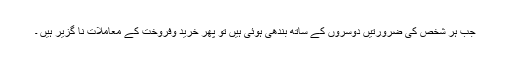
جب ہر شخص کی ضرورتیں دوسروں کے ساتھ بندھی ہوئی ہیں تو پھر خرید وفروخت کے معاملات نا گزیر ہیں ۔